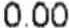
0.00